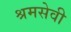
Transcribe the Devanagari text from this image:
श्रमसेवी